Annual report on the working of the lock hospitals in the Central Provinces
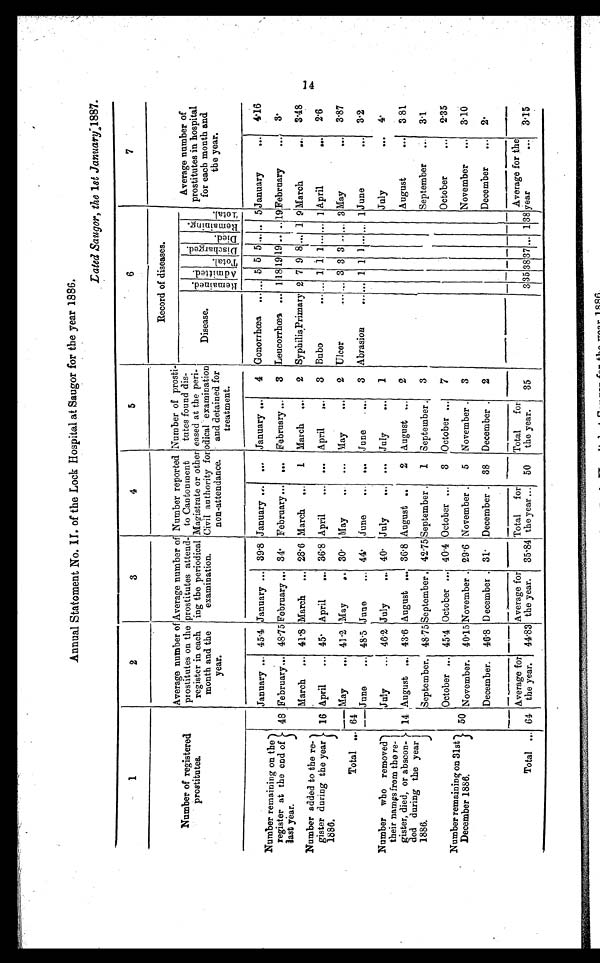
Annual Statement No. II. of the Lock Hospital at Saugor for the year 1886.
.
1
2
3
4
5
6
7
Number of registered
prostitutes.
Average number of
prostitutes on the
register in each
month and the
year.
Average number of
prostitutes attend-
ing the periodical
examination.
Number reported
to Cantonment
Magistrate or other
Civil authority for
non-attendance.
Number of prosti-
tutes found dis-
eased at the peri-
odical examination
and detained for
treatment.
Record of diseases.
Average number of
prostitutes in hospital
for each month and
the year,
Disease.
R e m a i n e d . A d m i t t e d .
T o t a l .
D i s c h a r g e d .
D i e d .
R e m a i n i n g .
T o t a l .
January ... 45·4 January ... 39·8 January ... ... January ...
4 Gonorrhœa ... ... 5 5 5
. . .
...
5 January
...
4·16
Number remaining on the
register at the end of
last year.
48 February... 48·75 February ... 34· February... ... February ...
3 Leucorrhœa
. . . 1 18 19 19 .. .. 1 9 F e b r u a r y . . .
3·
March
... 41·8 March
... 28·6 March
...
1
March
...
2 Sypbilis Primary 2 7 9 8 ... 1 9 March
...
3·48
Number added to the re-
gister during the year
1886.
16 April
... 45· April
. . . 36·8 April
...
...
April
...
3
Bubo
... ... 1 1 1 . . .
...
1 April
...
2·6
May
... 41·2
M a y . . 30· May
. . ... May
... 2 Ulcer
... ... 3 3 3 . . .
... 3 May
... 3·87
Total ... 64
June ... 48·5 June
... 44· June
... ... June ... 3 Abrasion
... ... 1 1 1 ... ... 1 June
...
3·2
Number who removed
their names from the re-
gister, died, or abscon-
ded during the year
1886.
July
... 46·2 July
... 40· July
...
. . .
July
...
1
July
. . . 4·
14 August ... 43·6 August ... 36·8 August ..
2 August ... 2
August
...
3 81
September. 48·75September . 42·75September . 1 September . 3
September
...
3·1
October ... 45·4 October ... 40·4 October ... 3 October ... 7
October
...
2·35
Number remaining on 31st
December 1886.
50 November. 40·15November . 29·6 November .
5 November . 3
November
...
3·10
December.
46·8 December . 31· December . 38 December . 2
December
...
2·
Total ... 64
Average for
the year. 44·83
Average for
the year. 35.84
Total for
the year ... 50
Total for
the year.
35
3 35 38 37 ... 1 38
Average for the
year
... 3·15